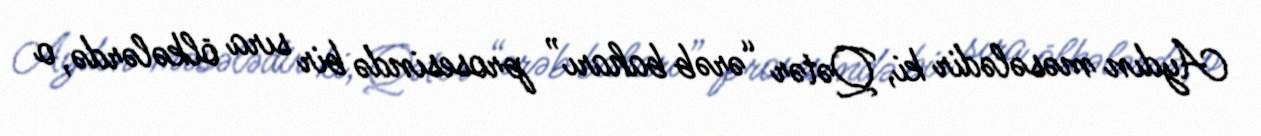
Aydın məsələdir ki, Qətər “ərəb baharı” prosesində bir sıra ölkələrdə, o